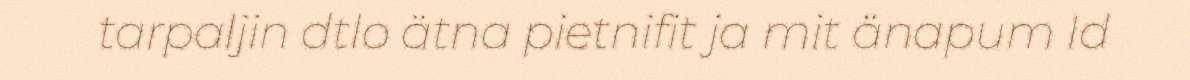
tarpaljin dtlo ätna pietnifit ja mit änapum Id